Report of the Indian Hemp Drugs Commission, 1894-1895 - Volume IV
Year: 1894
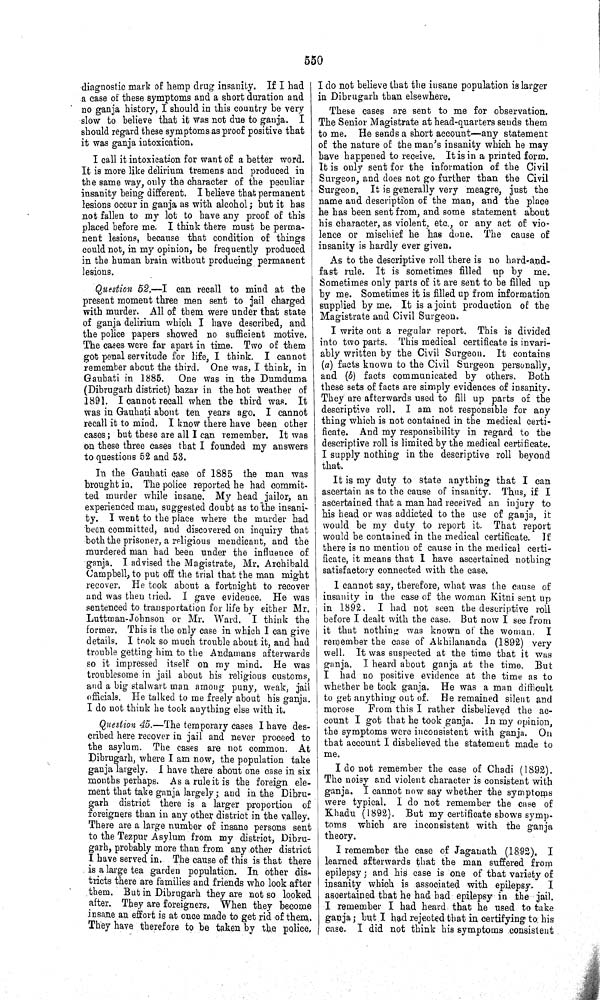
550
diagnostic mark of hemp drug insanity. If I had
a case of these symptoms and a short duration and
no ganja history, I should in this country be very
slow to believe that it was not due to ganja.
I
should regard these symptoms as proof positive that
it was ganja intoxication.
I call it intoxication for want of a better word.
It is more like delirium tremens and produced in
the same way, only the character of the peculiar
insanity being different. I believe that permanent
lesions occur in ganja as with alcohol; but it has
not fallen to my lot to have any proof of this
placed before me. I think there must be perma-
nent lesions, because that condition of things
could not, in my opinion, be frequently produced
in the human brain without producing permanent
lesions.
Question 52.—I can recall to mind at the
present moment three men sent to jail charged
with murder. All of them were under that state
of ganja delirium which I have described, and
the police papers showed no sufficient motive.
The cases were far apart in time. Two of them
got penal servitude for life, I think. I cannot
remember about the third. One was, I think, in
Gauhati in 1885.
One was in the Dumduma
(Dibrugarh district) bazar in the hot weather of
1891. I cannot recall when the third was.
It
was in Gauhati about ten years ago. I cannot
recall it to mind. I know there have been other
cases; but these are all I can remember. It was
on these three cases that I founded my answers
to questions 52 and 53.
In the Gauhati case of 1885 the man was
brought in. The police reported he had commit-
ted murder while insane. My head jailor, an
experienced man, suggested doubt as to the insani-
ty. I went to the place where the murder had
been committed, and discovered on inquiry that
both the prisoner, a religious mendicant, and the
murdered man had been under the influence of
ganja. I advised the Magistrate, Mr. Archibald
Campbell, to put off the trial that the man might
recover. He took about a fortnight to recover
and was then tried. I gave evidence. He was
sentenced to transportation for life by either Mr.
Luttman-Johnson or Mr. Ward. I think the
former. This is the only case in which I can give
details. I took so much trouble about it, and had
trouble getting him to the Andamans afterwards
so it impressed itself on my mind. He was
troublesome in jail about his religious customs,
and a big stalwart man among puny, weak, jail
officials. He talked to me freely about his ganja.
I do not think he took anything else with it.
Question 45.—The temporary cases I have des-
cribed here recover in jail and never proceed to
the asylum. The cases are not common. At
Dibrugarh, where I am now, the population take
ganja largely. I have there about one case in six
months perhaps. As a rule it is the foreign ele-
ment that take ganja largely; and in the Dibru-
garh district there is a larger proportion of
foreigners than in any other district in the valley.
There are a large number of insane persons sent
to the Tezpur Asylum from my district, Dibru-
garh, probably more than from any other district
I have served in. The cause of this is that there
is a large tea garden population. In other dis-
tricts there are families and friends who look after
them. But in Dibrugarh they are not so looked
after. They are foreigners. When they become
insane an effort is at once made to get rid of them.
They have therefore to be taken by the police.
I do not believe that the insane population is larger
in Dibrugarh than elsewhere.
These cases are sent to me for observation.
The Senior Magistrate at head-quarters sends them
to me. He sends a short account—any statement
of the nature of the man's insanity which he may
have happened to receive. It is in a printed form.
It is only sent for the information of the Civil
Surgeon, and does not go further than the Civil
Surgeon. It is generally very meagre, just the
name and description of the man, and the place
he has been sent from, and some statement about
his character, as violent, etc., or any act of vio-
lence or mischief he has done. The cause of
insanity is hardly ever given.
As to the descriptive roll there is no hard-and-
fast rule. It is sometimes filled up by
me.
Sometimes only parts of it are sent to be filled up
by me. Sometimes it is filled up from information
supplied by me. It is a joint production of the
Magistrate and Civil Surgeon.
I write out a regular report. This is divided
into two parts. This medical certificate is invari-
ably written by the Civil Surgeon. It contains
(a) facts known to the Civil Surgeon personally,
and (b) facts communicated by others.
Both
these sets of facts are simply evidences of insanity.
They are afterwards used to fill up parts of the
descriptive roll. I am not responsible for any
thing which is not contained in the medical certi-
ficate. And my responsibility in regard to the
descriptive roll is limited by the medical certificate.
I supply nothing in the descriptive roll beyond
that.
It is my duty to state anything that I can
ascertain as to the cause of insanity. Thus, if I
ascertained that a man had received an injury to
his head or was addicted to the use of ganja, it
would be my duty to report it. That report
would be contained in the medical certificate.
If
there is no mention of cause in the medical certi-
ficate, it means that I have ascertained nothing
satisfactory connected with the case.
I cannot say, therefore, what was the cause of
insanity in the case of the woman Kitni sent up
in 1892.
I had not seen the descriptive roll
before I dealt with the case. But now I see from
it that nothing was known of the woman.
I
remember the case of Akhilananda (1892) very
well. It was suspected at the time that it was
ganja. I heard about ganja at the time.
But
I
had no positive evidence at the time as to
whether he took ganja. He was a man difficult
to get anything out of.
He remained silent and
morose
From this I rather disbelieved the ac-
count I got that he took ganja. In my opinion,
the symptoms were inconsistent with ganja.
On
that account I disbelieved the statement made to
me.
I do not remember the case of Chadi (1892).
The noisy and violent character is consistent with
ganja. I cannot now say whether the symptoms
were typical. I do not remember the case of
Khadu (1892). But my certificate shows symp-
toms which are inconsistent with the ganja
theory.
I remember the case of Jaganath (1892).
I
learned afterwards that the man suffered from
epilepsy; and his case is one of that variety of
insanity which is associated with
epilepsy.
I
ascertained that he had had epilepsy in the jail.
I remember I had heard that he used to take
ganja; but I had rejected that in certifying to his
case. I did not think his symptoms consistent